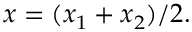
x = ( x _ { 1 } + x _ { 2 } ) / 2 .